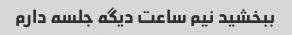
ببخشید نیم ساعت دیگه جلسه دارم